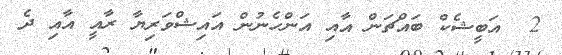
2  އަބީޝެކް ބައްޗަން އާއި އަންހެނުން އައިޝްވަރިޔާ ރާއީ އާއި ދެ